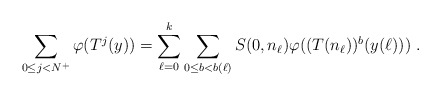
\begin{align*}\sum_{0\le j<N^+} \varphi (T^j(y)) = \sum_{\ell =0}^k \sum_{0\le b <b(\ell)} S(0,n_\ell )\varphi ((T(n_\ell))^b(y(\ell)))\; .\end{align*}